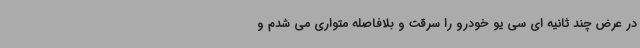
در عرض چند ثانیه ای سی یو خودرو را سرقت و بلافاصله متواری می شدم و